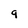
Character: 9